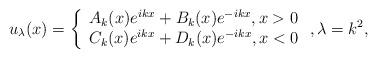
LaTeX: \begin{align*}u_{\lambda}(x)=\left\{\begin{array}{l}A_k(x)e^{ikx}+B_k(x)e^{-ikx}, x>0 \\C_k(x)e^{ikx}+D_k(x)e^{-ikx}, x<0\end{array}\right., \lambda=k^2,\end{align*}